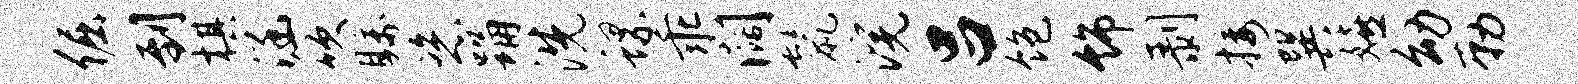
倔到棋涵吹瞩恣踊洗螺乖阔鬣浣吕饱饰剥接巽嬉幼勒